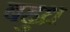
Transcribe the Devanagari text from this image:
बहुध्र